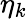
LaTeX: \eta_{k}